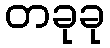
တခုခု